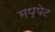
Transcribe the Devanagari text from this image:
मप्पेट